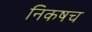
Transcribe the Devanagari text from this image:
निकषच